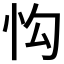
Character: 𢗕